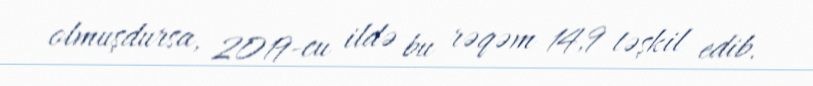
olmuşdursa, 2019-cu ildə bu rəqəm 14,9 təşkil edib.